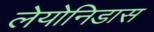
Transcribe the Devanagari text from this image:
लेयोनिडास